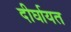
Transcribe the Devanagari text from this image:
दीर्घायत